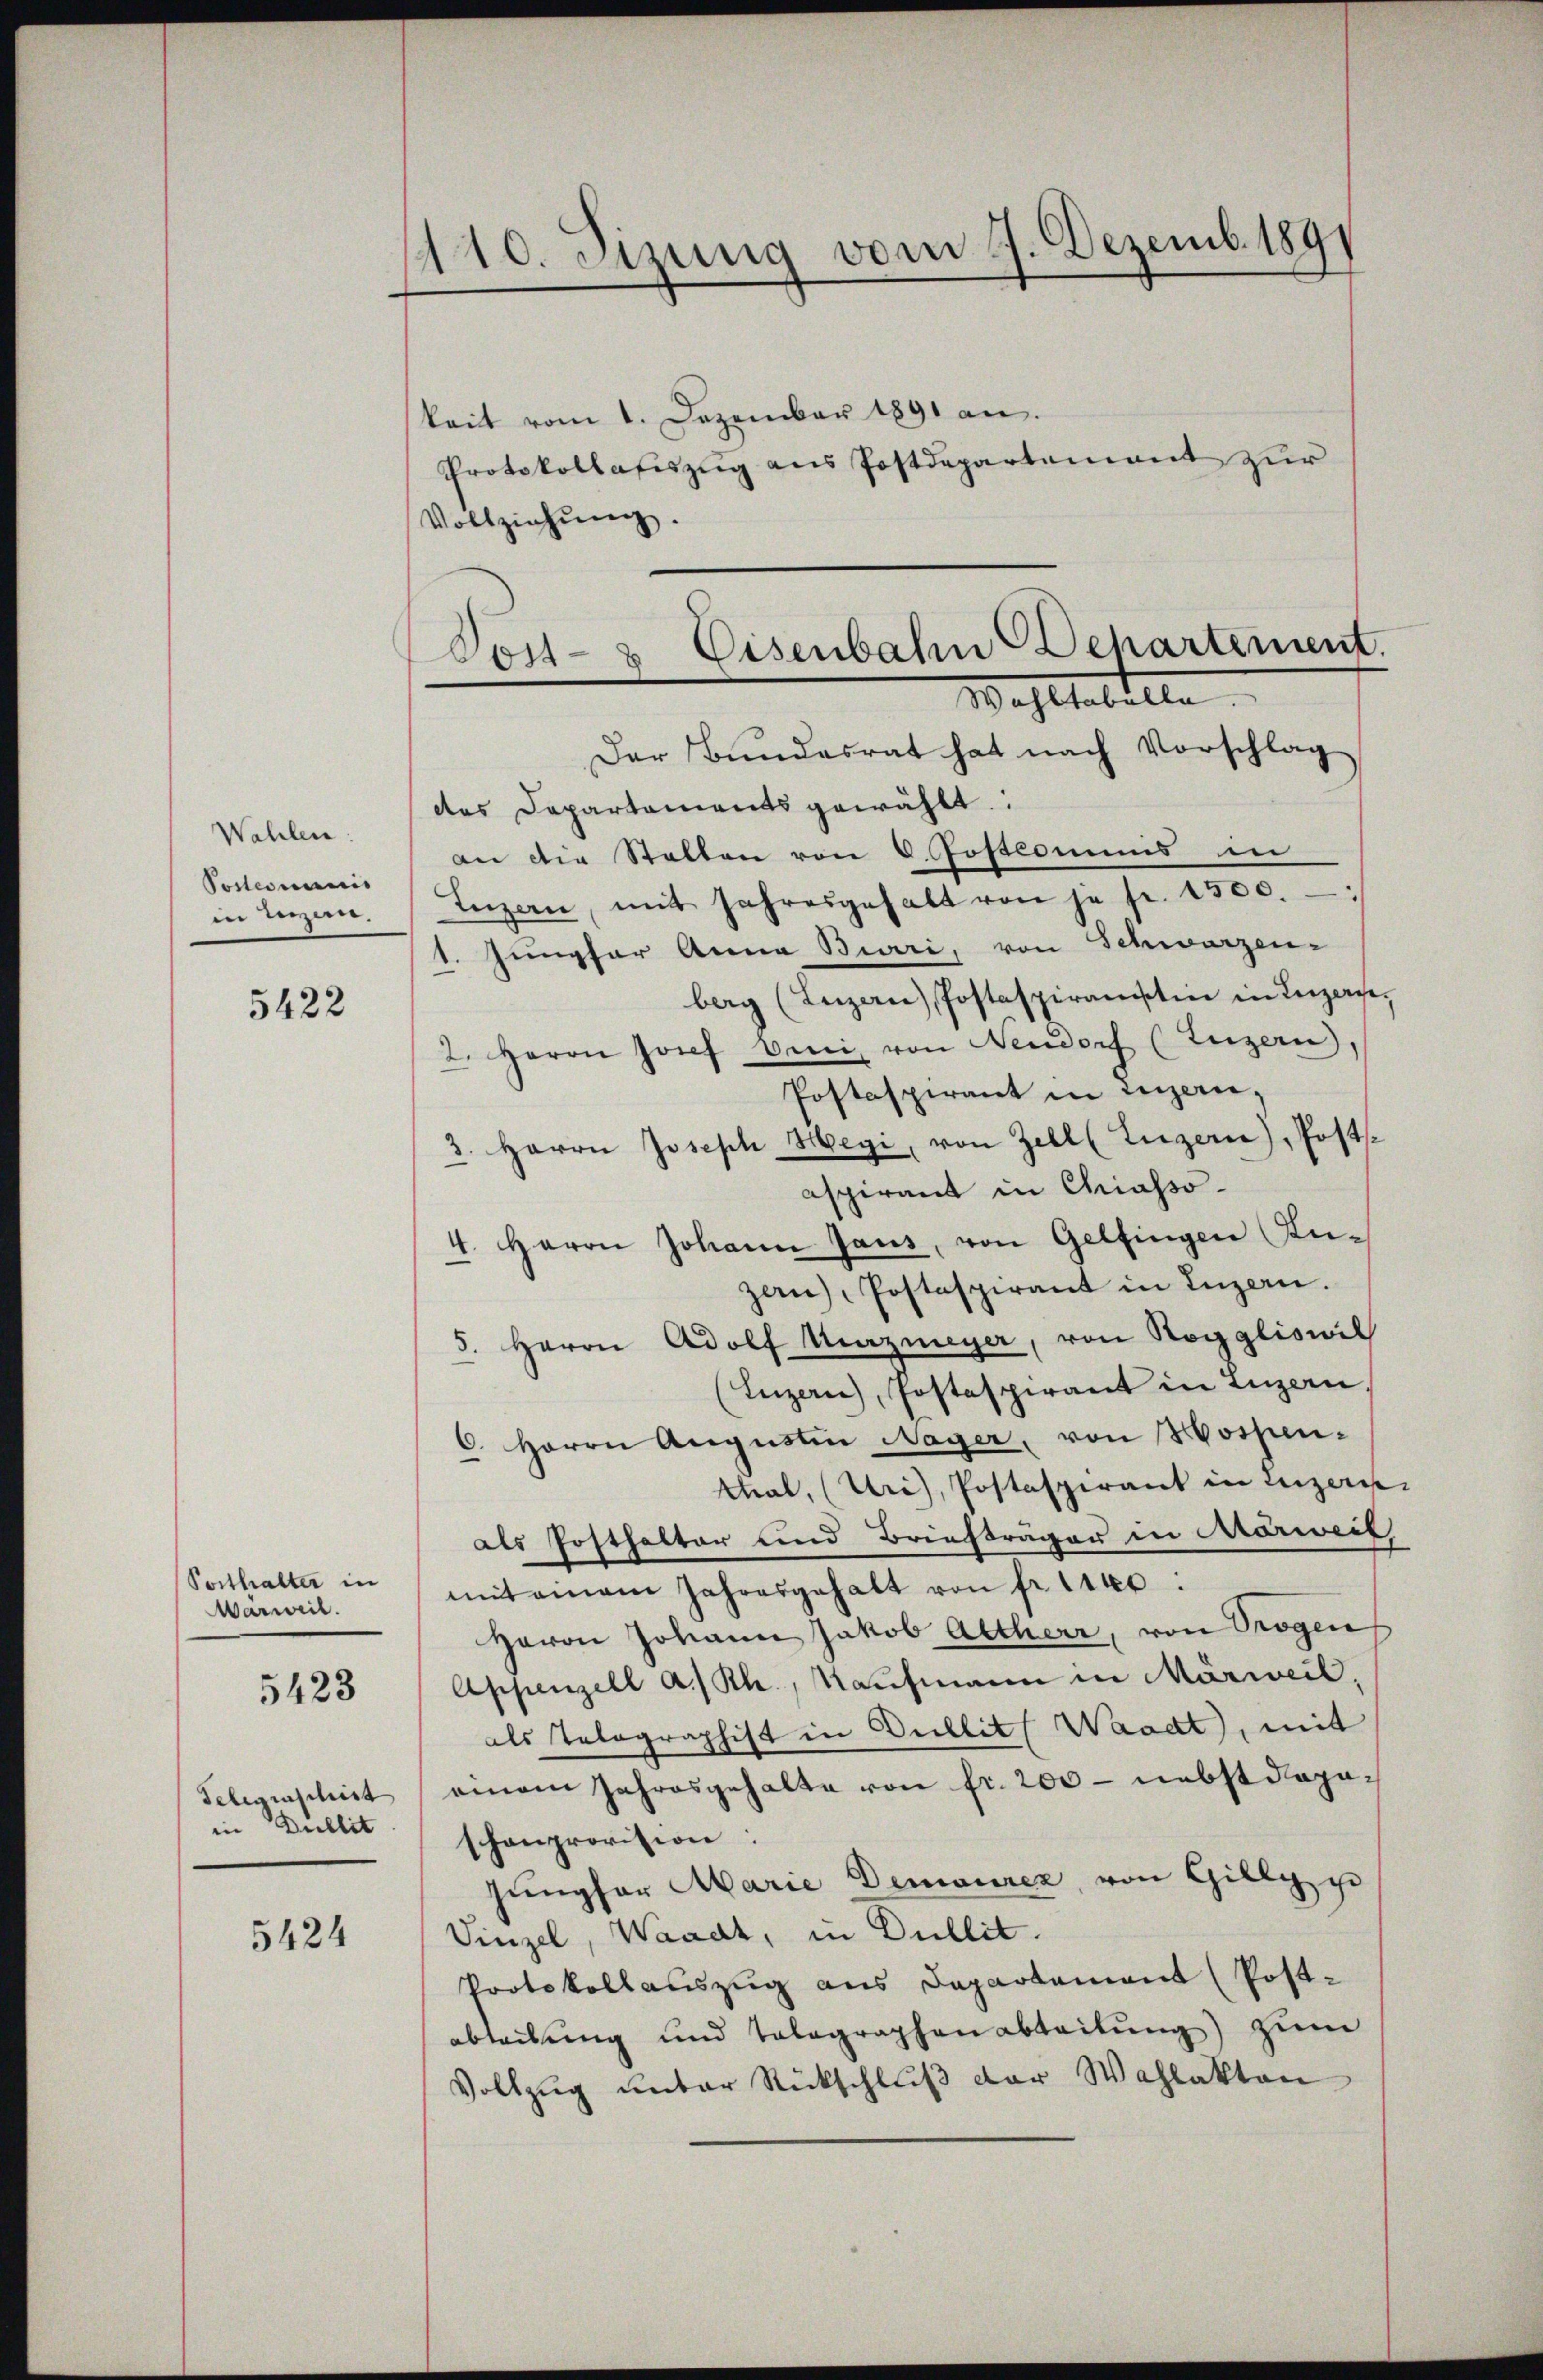
Wahlen:
Poctionumis
in Luzern.

5422

Posthalter in
Warweil.

5423

Telegraschirt
in Dullit

5424

110. Jung vom 9. Dezemb. 1891

keit vom 1. Dezember 1891 an.
Protokollasiszug aus Postdepartement zur
Vollziehŭng.

Post- & Eisenbahn Departement.
Wohltatirte

Der Bundesrat hat nach Vorschlag
das Departaments gewählt:
an die Stalten von 6. Postlommis in
Inzern, mit Jahresgehalt von je fr. 1500.
1. Jungfer Anna Buri, von Schwarzen-
berg (Luzerne, Postaspiramsten in Luzerne.
2. Herrn Josef beni, von Neudorf (Luzern)
Postaspirant in Luzern,
3. Herrn Joseph Hegi, von Zell (Luzern), Posts
aspirant in Chiasso-
4. Herrn Johann Jans, von Gelfingen Kuzan), Postaspirant in Inzern.
5. Herrn Adolf Mazmeyer, von Roggliswil
(Luzern, Postaspirant in Luzern,
6. Herrn Aŭgŭstin Nager, von Wospen-
thal, (Uri), Postaspirant in Luzern
als Posthalter und Briefträger in Aarweil
mitamam Jahresgehalt von fr. 1140:
Herrn Johann Jakob Altherr, von Trogen
Appenzell a/Rh., Kaufmann in Märweil,
als Telegraphist in Billit (Waadt, mit
einem Jahresgehalte von fr. 200 - nebst doposchenprovision:
jüngfor Marie Demoirez von Gilly zu
Vinzel, Waadt, in Dullit.
Protokollauszug aus Departement (Post-
ableibung und Tolographenabteilŭng zum
Vollzug unter Rückschlŭβ der Wahlakten